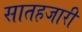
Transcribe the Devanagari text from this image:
सातहजारी